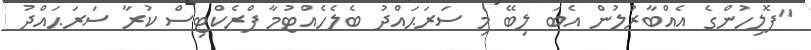
"ޕޮލިހުންގެ އެއްބާރުލުން އެބަ ލިބޭ މި ސަރަޙައްދު ބެލެހެއްޓުމާ ޕްރެކްޓިސް ކުރާ ސަރަޙައްދު